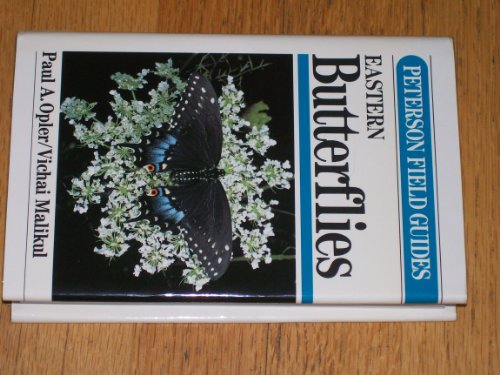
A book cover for FG EAST BUTTERFLIES CL (Peterson Field Guide Series); Paul A. Opler; Sports & Outdoors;